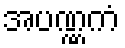
အပဏ္ဏကံ